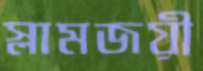
স্লামজয়ী